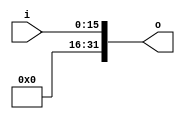
`timescale 1ns / 1ps
//////////////////////////////////////////////////////////////////////////////////
// Company: 
// Engineer: 
// 
// Design Name: 
// Module Name:    zeroExt_16T32 
// Project Name: 
// Target Devices: 
// Tool versions: 
// Description: 
//
// Dependencies: 
//
// Revision: 
// Revision 0.01 - File Created
// Additional Comments: 
//
//////////////////////////////////////////////////////////////////////////////////
module zeroExt_16T32(	input [15:0] i,
								output[31:0] o
							);
	assign o = {16'h0000,i[15:0]};
endmodule